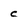
Character: c